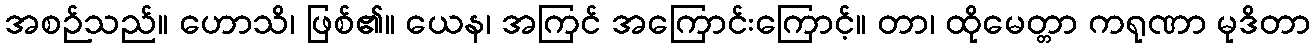
အစဉ်သည်။ ဟောသိ၊ ဖြစ်၏။ ယေန၊ အကြင် အကြောင်းကြောင့်။ တာ၊ ထိုမေတ္တာ ကရုဏာ မုဒိတာ